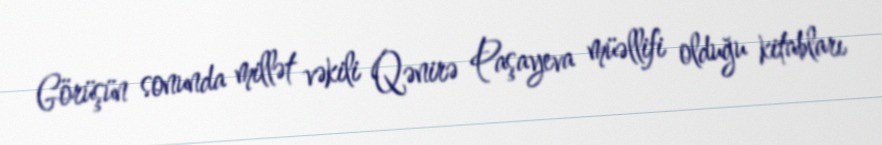
Görüşün sonunda millət vəkili Qənirə Paşayeva müəllifi olduğu kitabları